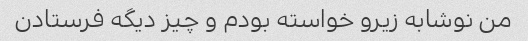
من نوشابه زیرو خواسته بودم و چیز دیگه فرستادن